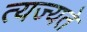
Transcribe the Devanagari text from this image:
त्यज्यते